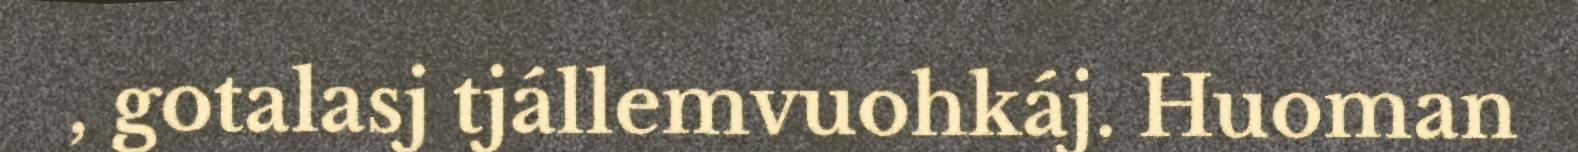
, gotalasj tjállemvuohkáj. Huoman